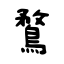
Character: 鶩